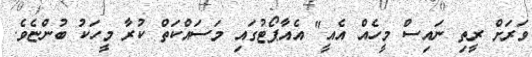
ވަރަށް ރީތި ނައިސް މީހެއް އެއީ" އެއާޕޯޓުގައި މަސައްކަތް ކުރާ މީހަކު ބުންޏެވެ.